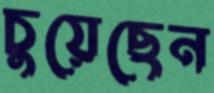
চুয়েছেন